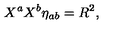
X ^ { a } X ^ { b } \eta _ { a b } = R ^ { 2 } ,